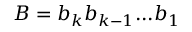
B = { b _ { k } } { b _ { k - 1 } } . . . { b _ { 1 } }